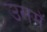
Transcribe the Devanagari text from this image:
उसमॅ